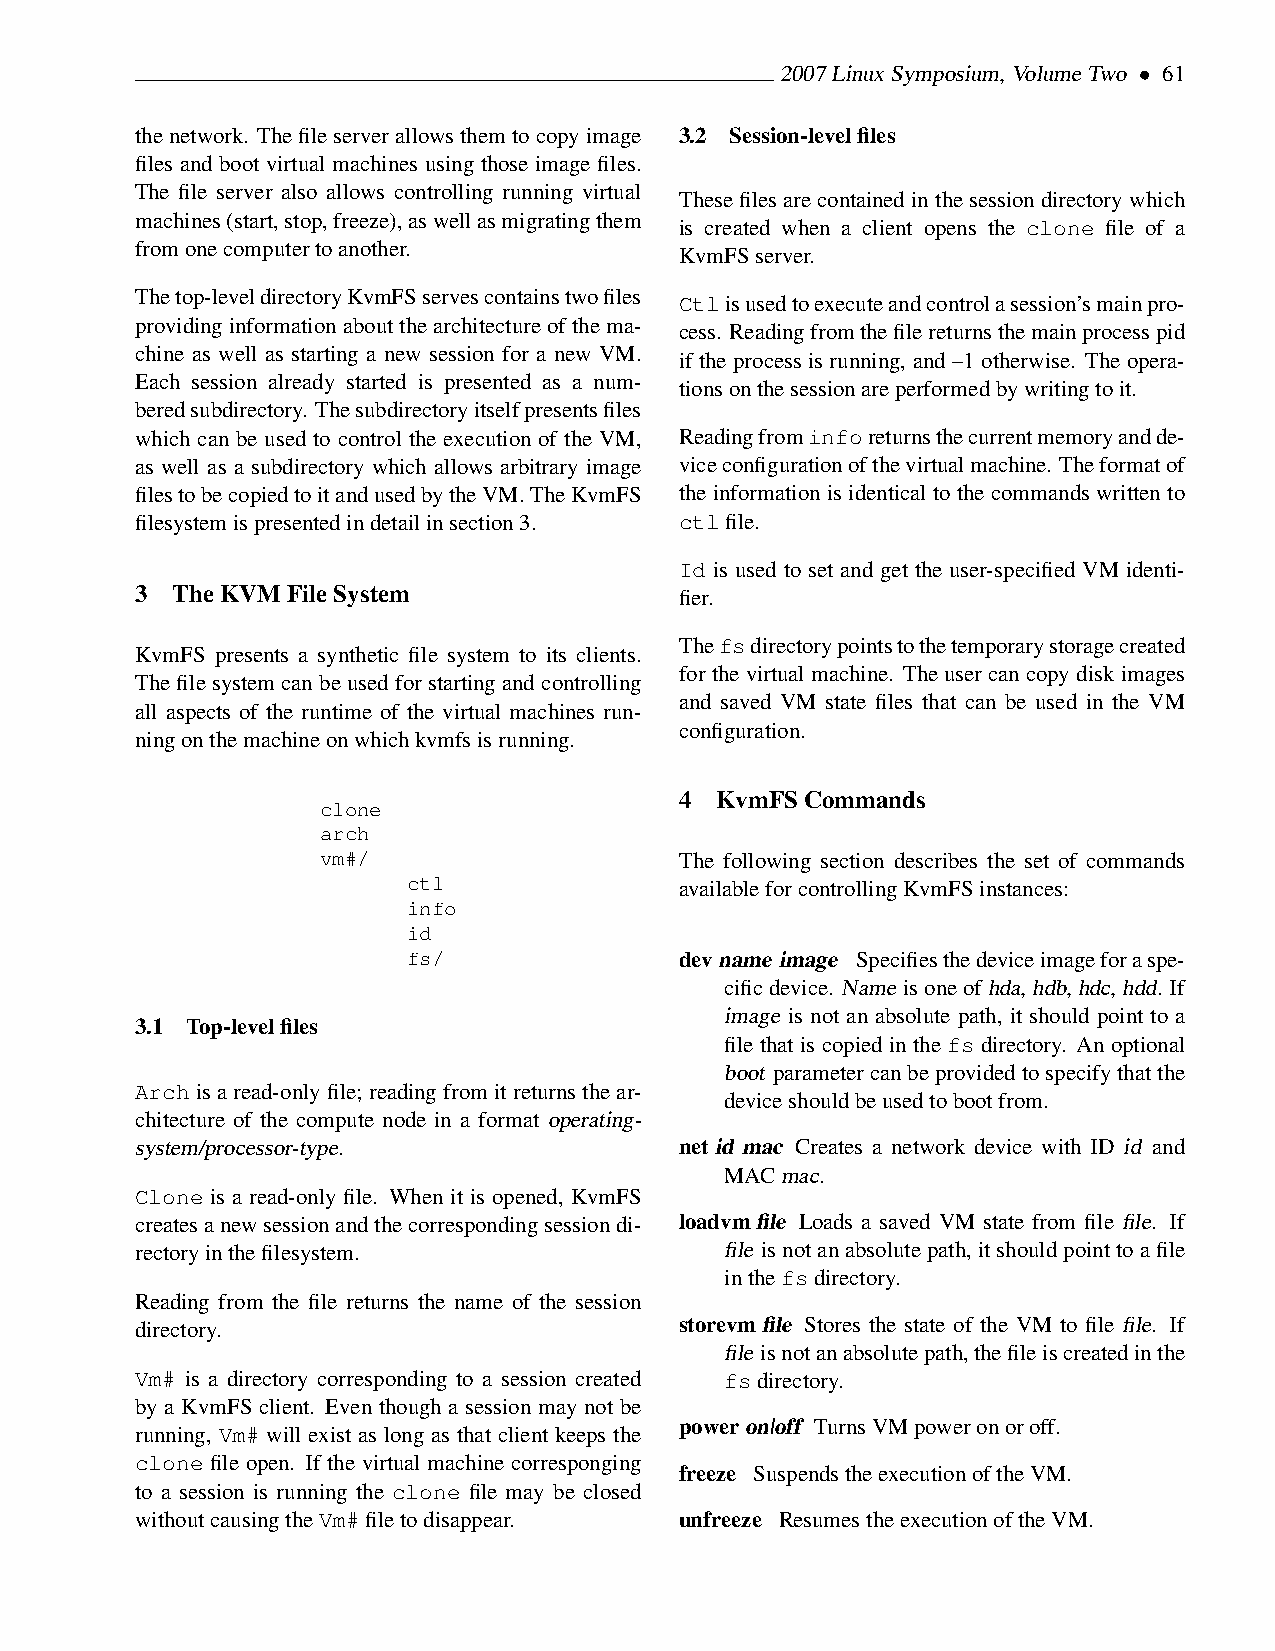
2007LinuxSymposium,VolumeTwo • 61
 thenetwork. Thefileserverallowsthemtocopyimage 3.2 Session-levelfiles
 files and boot virtual machines using those image files.
 The file server also allows controlling running virtual
 Thesefilesarecontainedinthesessiondirectorywhich
 machines(start,stop,freeze),aswellasmigratingthem is created when a client opens the clone file of a
 fromonecomputertoanother.
 KvmFSserver.
 Thetop-leveldirectoryKvmFSservescontainstwofiles Ctlisusedtoexecuteandcontrolasession’smainpro-
 providinginformationaboutthearchitectureofthema-
 cess. Readingfromthefilereturnsthemainprocesspid
 chine as well as starting a new session for a new VM.
 if the process is running, and –1 otherwise. The opera-
 Each session already started is presented as a num-
 tionsonthesessionareperformedbywritingtoit.
 beredsubdirectory. Thesubdirectoryitselfpresentsfiles
 which can be used to control the execution of the VM, Readingfrominforeturnsthecurrentmemoryandde-
 as well as a subdirectory which allows arbitrary image viceconfigurationofthevirtualmachine. Theformatof
 filestobecopiedtoitandusedbytheVM.TheKvmFS the information is identical to the commands written to
 filesystemispresentedindetailinsection3. ctlfile.
 Id is used to set and get the user-specified VM identi-
 3 TheKVMFileSystem                  fier.
 Thefsdirectorypointstothetemporarystoragecreated
 KvmFS presents a synthetic file system to its clients.
 for the virtual machine. The user can copy disk images
 The file system can be used for starting and controlling
 and saved VM state files that can be used in the VM
 all aspects of the runtime of the virtual machines run-
 configuration.
 ningonthemachineonwhichkvmfsisrunning.
 4 KvmFSCommands
 clone
 arch
 vm#/                    The following section describes the set of commands
 ctl               availableforcontrollingKvmFSinstances:
 info
 id
 fs/               devname image Specifiesthedeviceimageforaspe-
 cificdevice. Name isoneofhda,hdb,hdc,hdd. If
 image is not an absolute path, it should point to a
 3.1 Top-levelfiles
 file that is copied in the fs directory. An optional
 boot parametercanbeprovidedtospecifythatthe
 Arch is a read-only file; reading from it returns the ar-
 deviceshouldbeusedtobootfrom.
 chitecture of the compute node in a format operating-
 system/processor-type.              netid mac Creates a network device with ID id and
 MACmac.
 Clone is a read-only file. When it is opened, KvmFS
 createsanewsessionandthecorrespondingsessiondi- loadvmfile Loads a saved VM state from file file. If
 rectoryinthefilesystem.                file isnotanabsolutepath,itshouldpointtoafile
 inthefsdirectory.
 Reading from the file returns the name of the session
 directory.                          storevmfile Stores the state of the VM to file file. If
 file isnotanabsolutepath,thefileiscreatedinthe
 Vm# is a directory corresponding to a session created fsdirectory.
 by a KvmFS client. Even though a session may not be
 poweron|off TurnsVMpoweronoroff.
 running, Vm# will exist as long as that client keeps the
 clone file open. If the virtual machine corresponging
 freeze SuspendstheexecutionoftheVM.
 to a session is running the clone file may be closed
 withoutcausingtheVm#filetodisappear. unfreeze ResumestheexecutionoftheVM.